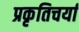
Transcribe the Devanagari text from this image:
प्रकृतिचर्या